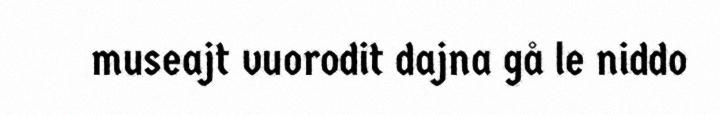
museajt vuorodit dajna gå le niddo